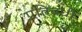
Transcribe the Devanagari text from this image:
प्रतिबंधी